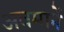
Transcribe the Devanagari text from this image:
अवमानें